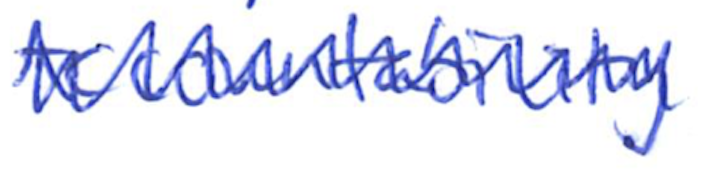
Text: Accountability
Cross-out: zig-zag
Writing tool: ballpoint